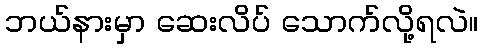
ဘယ်နားမှာ ဆေးလိပ် သောက်လို့ရလဲ။